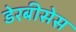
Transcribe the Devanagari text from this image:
डेरबीसेस